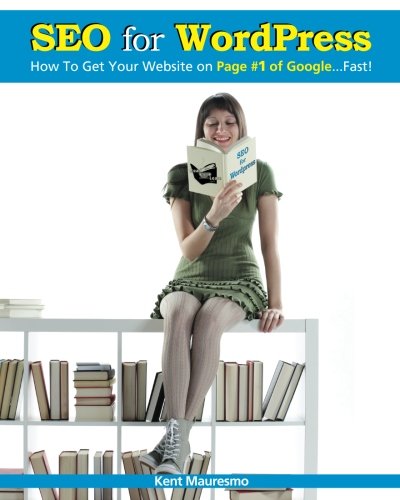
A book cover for SEO for WordPress: How To Get Your Website on Page #1 of Google...Fast! (Volume 1); Kent Mauresmo; Computers & Technology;